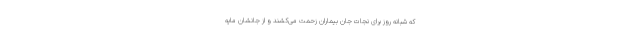
که شبانه روز برای نجات جان بیماران زحمت می‌کشند و از جانشان مایه